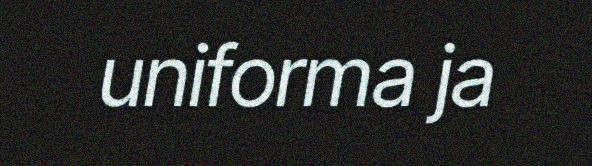
uniforma ja